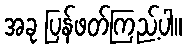
အခု ပြန်ဖတ်ကြည့်ပါ။